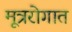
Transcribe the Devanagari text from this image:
मूत्ररोगात